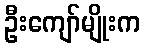
ဦးကျော်မျိုးက